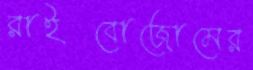
রাইবোজোমের